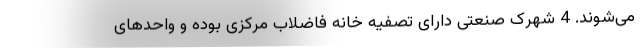
می‌شوند. 4 شهرک صنعتی دارای تصفیه خانه فاضلاب مرکزی بوده و واحدهای